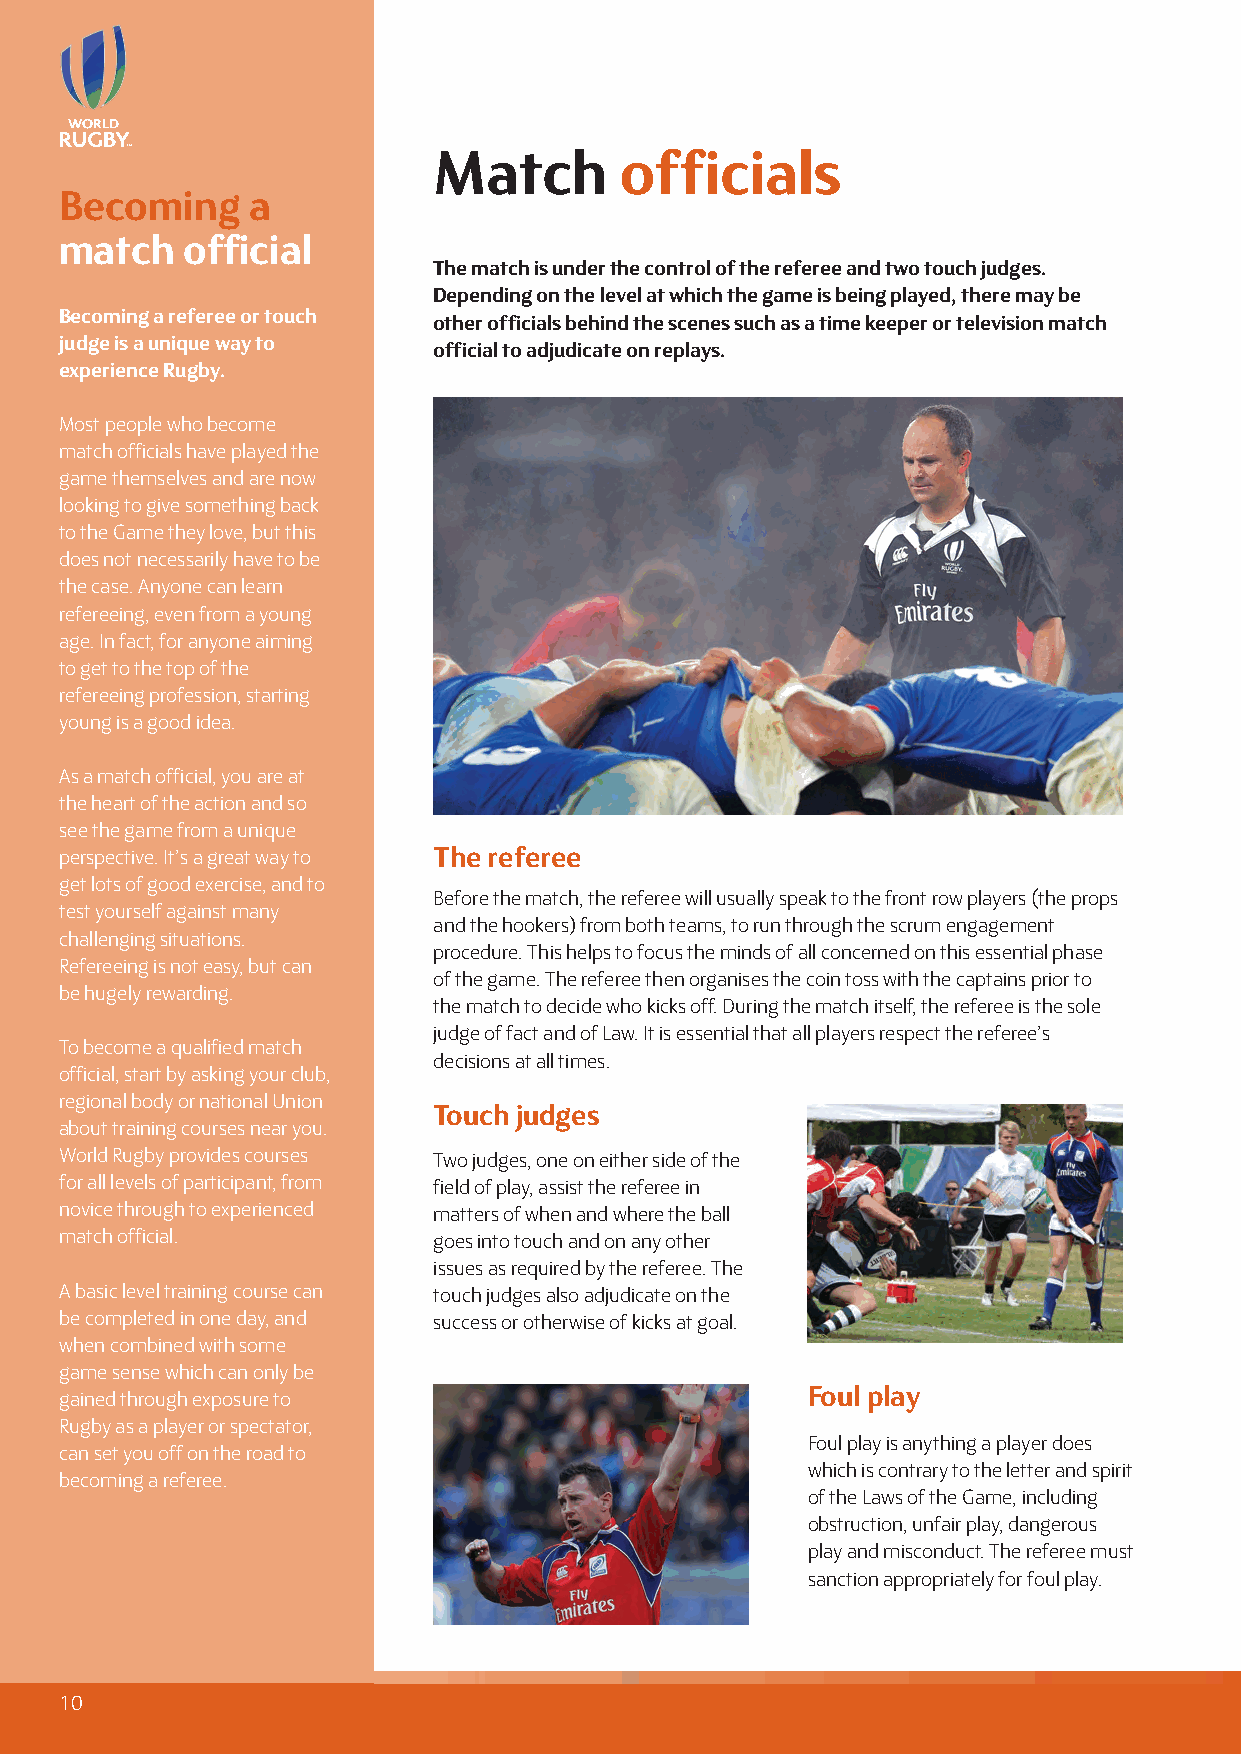
Match       officials
 Becoming    a
 match   official
 The match is under the control of the referee and two touch judges.
 Depending on the level at which the game is being played, there may be
 Becoming a referee or touch
 other officials behind the scenes such as a time keeper or television match
 judge is a unique way to
 official to adjudicate on replays.
 experience Rugby.
 Most people who become
 match officials have played the
 game themselves and are now
 looking to give something back
 to the Game they love, but this
 does not necessarily have to be
 the case. Anyone can learn
 refereeing, even from a young
 age. In fact, for anyone aiming
 to get to the top of the
 refereeing profession, starting
 young is a good idea.
 As a match official, you are at
 the heart of the action and so
 see the game from a unique
 perspective. It’s a great way to The referee
 get lots of good exercise, and to
 Before the match, the referee will usually speak to the front row players (the props
 test yourself against many
 and the hookers) from both teams, to run through the scrum engagement
 challenging situations.
 procedure. This helps to focus the minds of all concerned on this essential phase
 Refereeing is not easy, but can
 of the game. The referee then organises the coin toss with the captains prior to
 be hugely rewarding.
 the match to decide who kicks off. During the match itself, the referee is the sole
 judge of fact and of Law. It is essential that all players respect the referee’s
 To become a qualified match
 decisions at all times.
 official, start by asking your club,
 regional body or national Union
 Touch judges
 about training courses near you.
 World Rugby provides courses Two judges, one on either side of the
 for all levels of participant, from field of play, assist the referee in
 novice through to experienced matters of when and where the ball
 match official.          goes into touch and on any other
 issues as required by the referee. The
 A basic level training course can touch judges also adjudicate on the
 be completed in one day, and success or otherwise of kicks at goal.
 when combined with some
 game sense which can only be
 gained through exposure to                       Foul play
 Rugby as a player or spectator,
 Foul play is anything a player does
 can set you off on the road to
 which is contrary to the letter and spirit
 becoming a referee.
 of the Laws of the Game, including
 obstruction, unfair play, dangerous
 play and misconduct. The referee must
 sanction appropriately for foul play.
 10